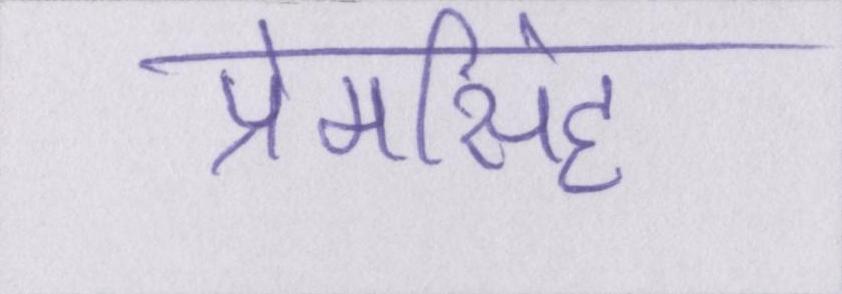
प्रेमसिंह